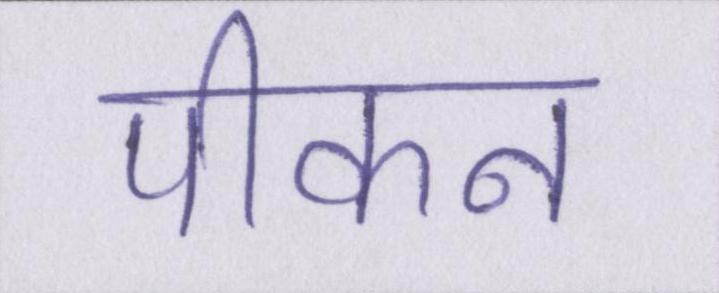
पीकन